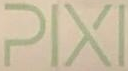
PIXI